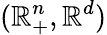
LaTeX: (\mathbb{R}_{+}^{n},\mathbb{R}^{d})